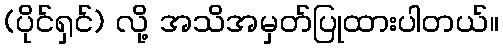
(ပိုင်ရှင်) လို့ အသိအမှတ်ပြုထားပါတယ်။